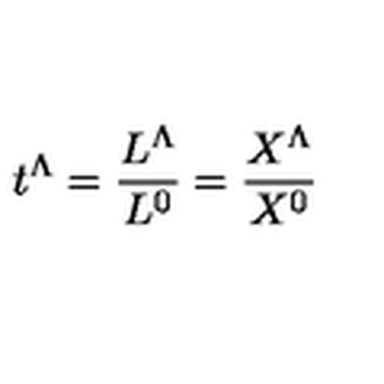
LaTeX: t ^ { \Lambda } = { \frac { L ^ { \Lambda } } { L ^ { 0 } } } = { \frac { X ^ { \Lambda } } { X ^ { 0 } } }